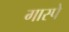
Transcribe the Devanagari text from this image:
गास्पे